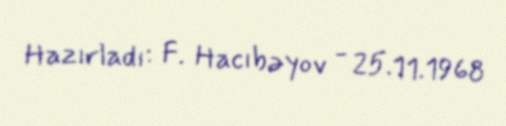
Hazırladı: F. Hacıbəyov - 25.11.1968